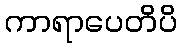
ကာရာပေတိပိ